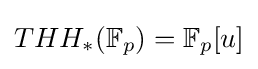
THH_{*}(\mathbb {F} _{p})=\mathbb {F} _{p}[u]